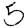
Digit: 5